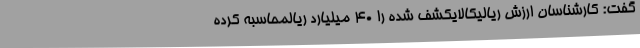
گفت: کارشناسان ارزش ریالیکالایکشف شده را 40 میلیارد ریالمحاسبه کرده